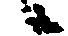
候